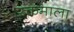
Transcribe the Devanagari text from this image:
रक्तमाला